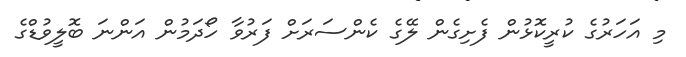
މި އަހަރުގެ ކުރީކޮޅުން ފެށިގެން ލޭގެ ކެންސަރަށް ފަރުވާ ހޯދަމުން އަންނަ ބޮލީވުޑްގެ